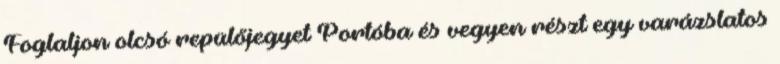
Foglaljon olcsó repülőjegyet Portóba és vegyen részt egy varázslatos